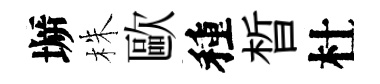
󶱲株歐種晳杜